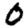
Digit: 0